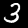
Digit: 3